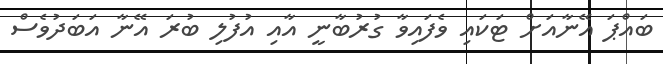
ބައްޕަ އޭނާއަށް ޓަކައި ވެފައިވާ ގުރުބާނީ އާއި އުފުލި ބުރަ އޭނާ އަބަދުވެސް